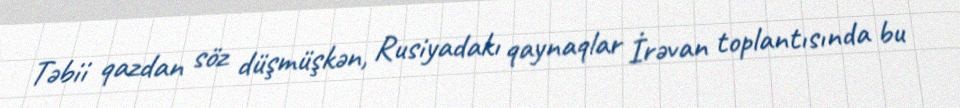
Təbii qazdan söz düşmüşkən, Rusiyadakı qaynaqlar İrəvan toplantısında bu